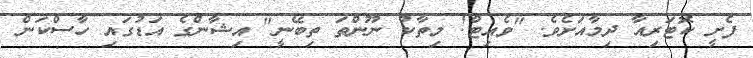
ފެށީ ކޮޓަރިއާ ދިމާއަށެވެ. "ވެއިޓް! މިތާކު ނޫންތަ ތިބޭނީ" އިޝާންގެ އަޑުގައި ހާސްކަން